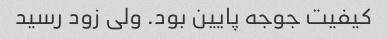
کیفیت جوجه پایین بود. ولی زود رسید